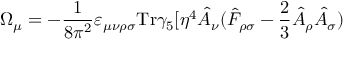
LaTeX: \Omega _ { \mu } = - \frac { 1 } { 8 \pi ^ { 2 } } \varepsilon _ { \mu \nu \rho \sigma } \mathrm { T r } \gamma _ { 5 } [ \eta ^ { 4 } \hat { A } _ { \nu } ( \hat { F } _ { \rho \sigma } - \frac { 2 } { 3 } \hat { A } _ { \rho } \hat { A } _ { \sigma } )